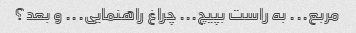
مربع... به راست بپیچ... چراغ راهنمایی... و بعد؟